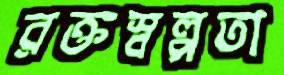
রক্তস্বল্পতা